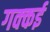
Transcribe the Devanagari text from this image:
गक्‍कई